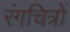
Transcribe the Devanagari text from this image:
रंगचित्रों